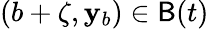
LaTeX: (b+\zeta,\mathbf{y}_{b})\in\mathsf{{B}}(t)